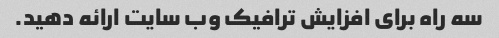
سه راه برای افزایش ترافیک وب سایت ارائه دهید.